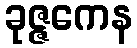
ခုဇ္ဇကေန